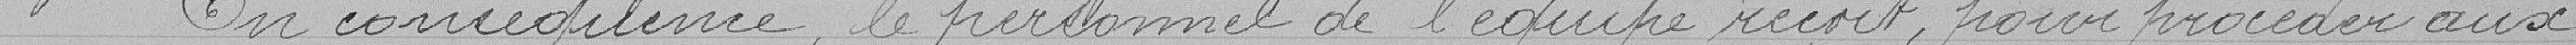
En conséquence, le personnel de l'équipe reçoit pour procéder aux